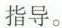
指导。